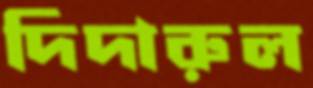
দিদারুল